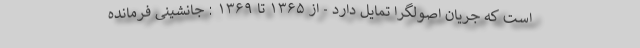
است که جریان اصولگرا تمایل دارد - از ۱۳۶۵ تا ۱۳۶۹ : جانشینی فرمانده